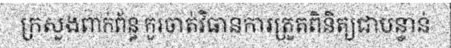
ក្រសួងពាក់ព័ន្ធ គួរចាត់វិធានការត្រួតពិនិត្យជាបន្ទាន់